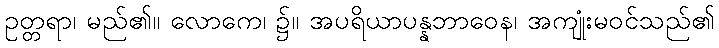
ဥတ္တရာ၊ မည်၏။ လောကေ၊ ၌။ အပရိယာပန္နဘာဝေန၊ အကျုံးမဝင်သည်၏